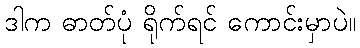
ဒါက ဓာတ်ပုံ ရိုက်ရင် ကောင်းမှာပဲ။